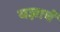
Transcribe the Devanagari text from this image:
यज्ञाचें